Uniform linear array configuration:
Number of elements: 64
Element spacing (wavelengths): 0.5
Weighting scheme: exponential
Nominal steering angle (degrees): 30
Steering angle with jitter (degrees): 28.134
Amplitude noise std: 0.05
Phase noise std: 0.05

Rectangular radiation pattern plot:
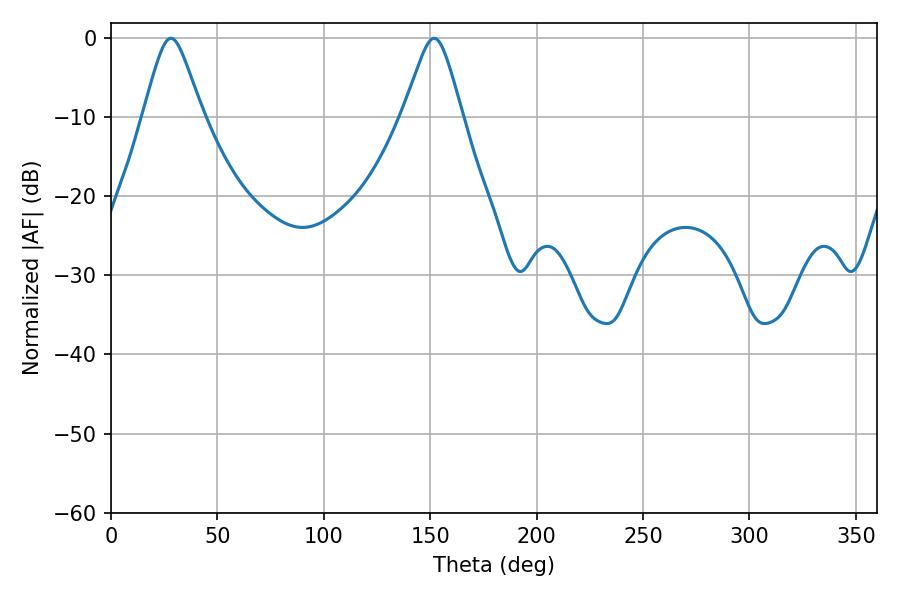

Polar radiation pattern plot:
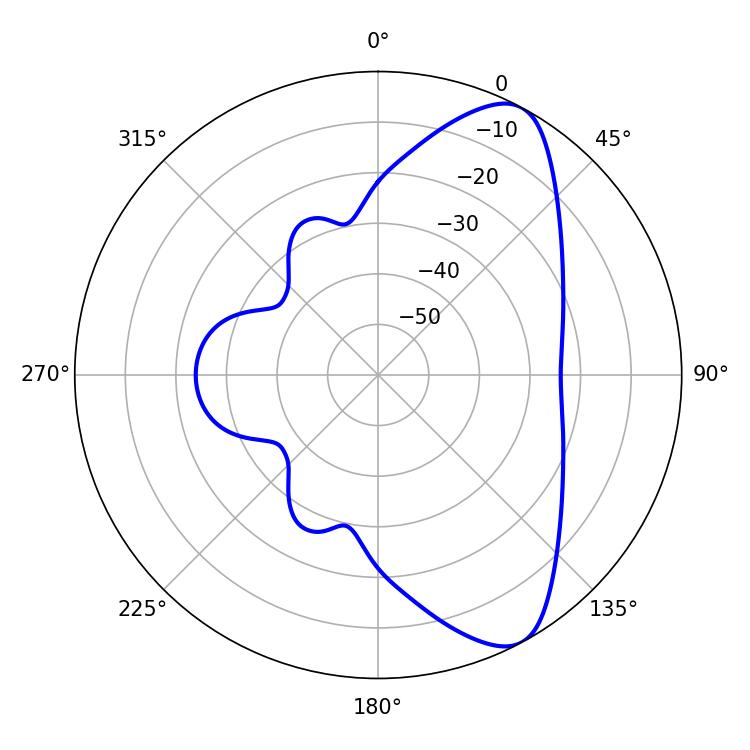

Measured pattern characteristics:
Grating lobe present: FALSE
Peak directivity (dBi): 8.621
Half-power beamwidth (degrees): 13.14
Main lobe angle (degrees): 28.08